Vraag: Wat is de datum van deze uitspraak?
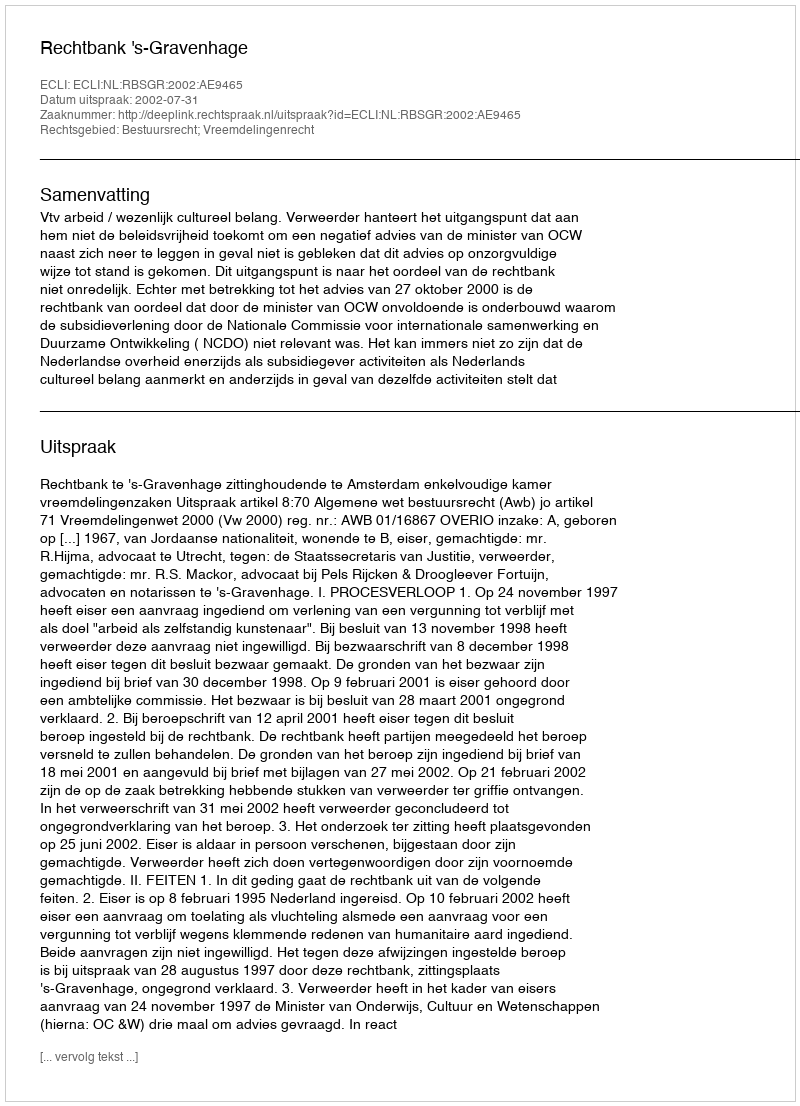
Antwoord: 2002-07-31